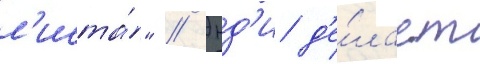
л'иста́" // Энд'и д'е́лает